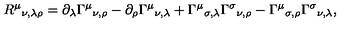
R ^ { \mu } { } _ { \nu , \lambda \rho } = \partial _ { \lambda } \Gamma ^ { \mu } { } _ { \nu , \rho } - \partial _ { \rho } \Gamma ^ { \mu } { } _ { \nu , \lambda } + \Gamma ^ { \mu } { } _ { \sigma , \lambda } \Gamma ^ { \sigma } { } _ { \nu , \rho } - \Gamma ^ { \mu } { } _ { \sigma , \rho } \Gamma ^ { \sigma } { } _ { \nu , \lambda } ,